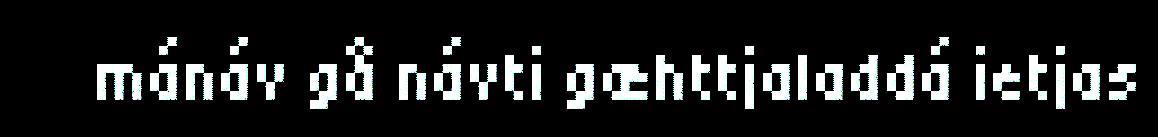
mánáv gå návti gæhttjaladdá ietjas